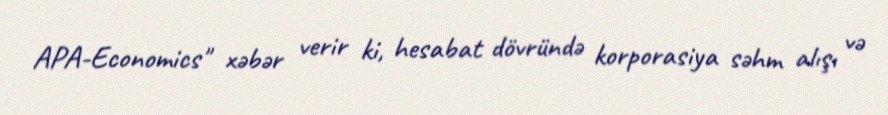
APA-Economics" xəbər verir ki, hesabat dövründə korporasiya səhm alışı və